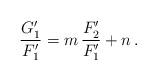
LaTeX: \begin{align*}\frac{G_1'}{F_1'}=m\,\frac{F_2'}{F_1'}+n\,.\end{align*}